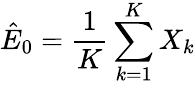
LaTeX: \hat{E}_{0}=\frac{1}{K}\sum_{k=1}^{K}X_{k}